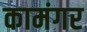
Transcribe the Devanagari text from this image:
कामंगर